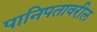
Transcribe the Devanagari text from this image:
पानिपतावरील